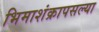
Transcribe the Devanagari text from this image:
भिमाशंक्रापसल्या